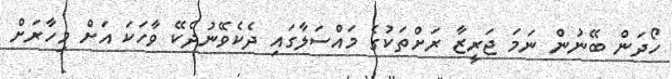
ހޯދަން ބޭނުން ނަމަ ޖަރީޒާ ރަށްތަކުގެ މައްސަލާގައި ދެކެވޭނުދެކޭ ވާހަކަ އަށް މިހާރަށް